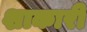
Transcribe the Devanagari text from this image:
शाकारी